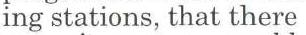
ing stations, that there